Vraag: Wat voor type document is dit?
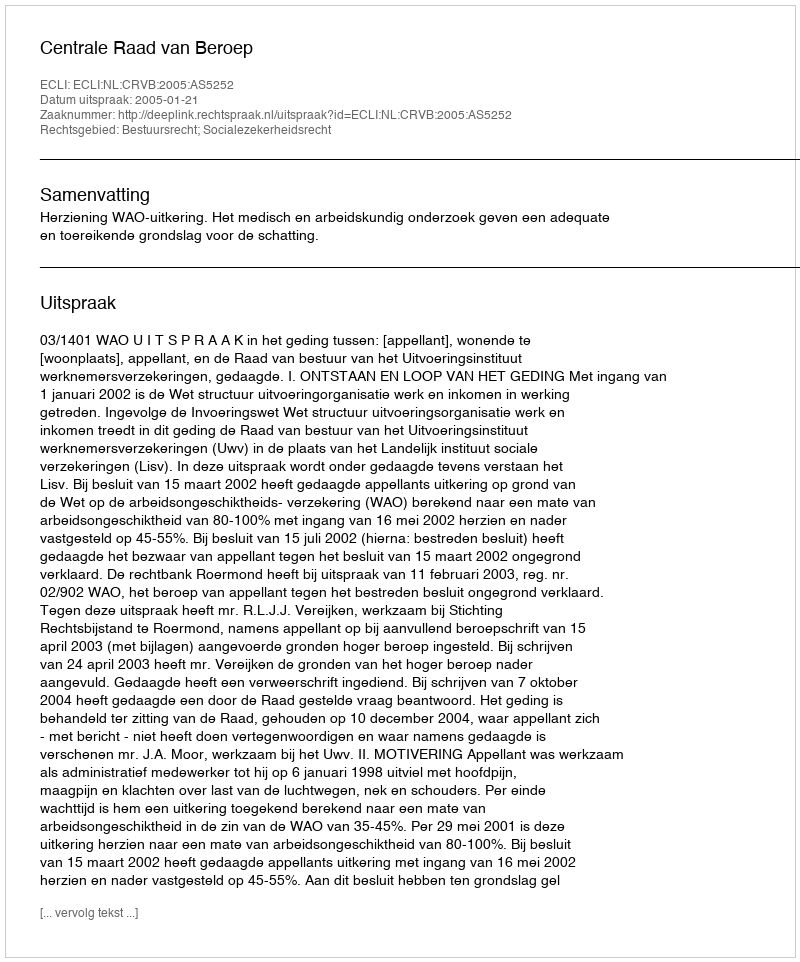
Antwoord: Uitspraak